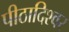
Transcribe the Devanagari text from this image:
पीठादिश्वर